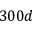
3 0 0 d